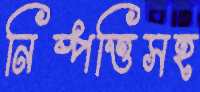
নিষ্পত্তিসহ